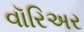
વૉરિઅર